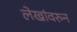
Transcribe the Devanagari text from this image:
लेखांवरुन